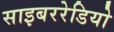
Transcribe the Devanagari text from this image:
साइबररेडियो